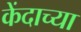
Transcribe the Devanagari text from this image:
केंदाच्या